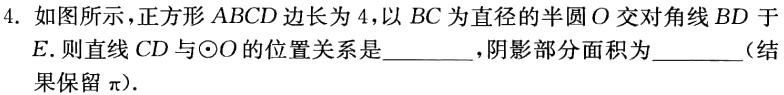
4. 如图所示，正方形 \(ABCD\) 边长为 \(4\)，以 \(BC\) 为直径的半圆 \(O\) 交对角线 \(BD\) 于 \(E\)。则直线 \(CD\) 与\(\odot O\) 的位置关系是________，阴影部分面积为________（结果保留 \(\pi\)）。